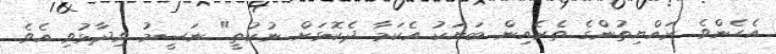
އެހެންވެ ރައްޔިތުންގެ ތެރެއިން ބަޔަކު އެކަމާ ދެކޮޅަށް ނުކުތީ" ނަސީމު ވިދާޅުވި އެވެ.